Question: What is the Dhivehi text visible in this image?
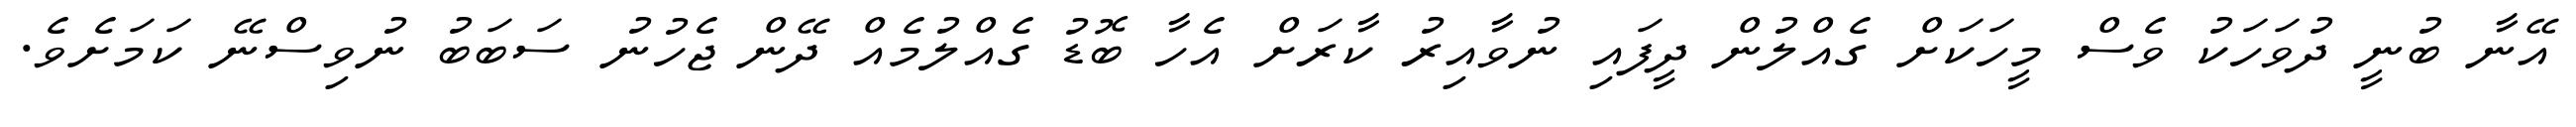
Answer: އޭނާ ބުނީ ދުވަހަކު ވެސް މީހަކަށް ގެއްލުން ދީފައި ނުވާއިރު ކާރަށް އެހާ ބޮޑު ގެއްލުމެއް ދޭން ޖެހުނު ސަބަބު ނުވިސްނޭ ކަމަށެވެ.